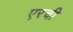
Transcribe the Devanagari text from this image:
एरची